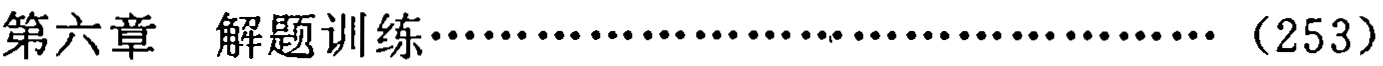
第六章  解题训练……………………………………（253）